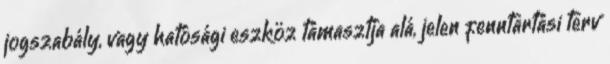
jogszabály, vagy hatósági eszköz támasztja alá, jelen fenntartási terv